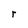
Character: r